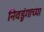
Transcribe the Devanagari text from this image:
निवडुंगांच्या